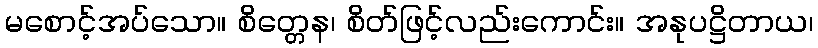
မစောင့်အပ်သော။ စိတ္တေန၊ စိတ်ဖြင့်လည်းကောင်း။ အနုပဋ္ဌိတာယ၊